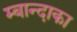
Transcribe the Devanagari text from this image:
म्बान्दाका